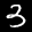
Label: 3